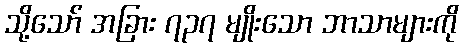
သို့သော် အခြား ၇၃၇ မျိုးသော ဘာသာများကို